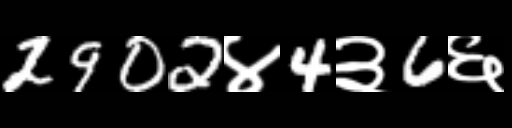
Text: 2902४4३6६